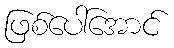
ဖြစ်ပေါ်အောင်